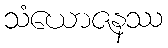
သံယောဇနဿ